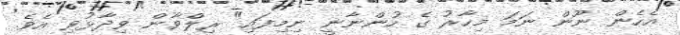
އެހެން ނޫން ނަމަ މިހާރު ގެ ހުންނާނީ ނިމިފައި" ރިލްވާން ވިދާޅުވި އެވެ.